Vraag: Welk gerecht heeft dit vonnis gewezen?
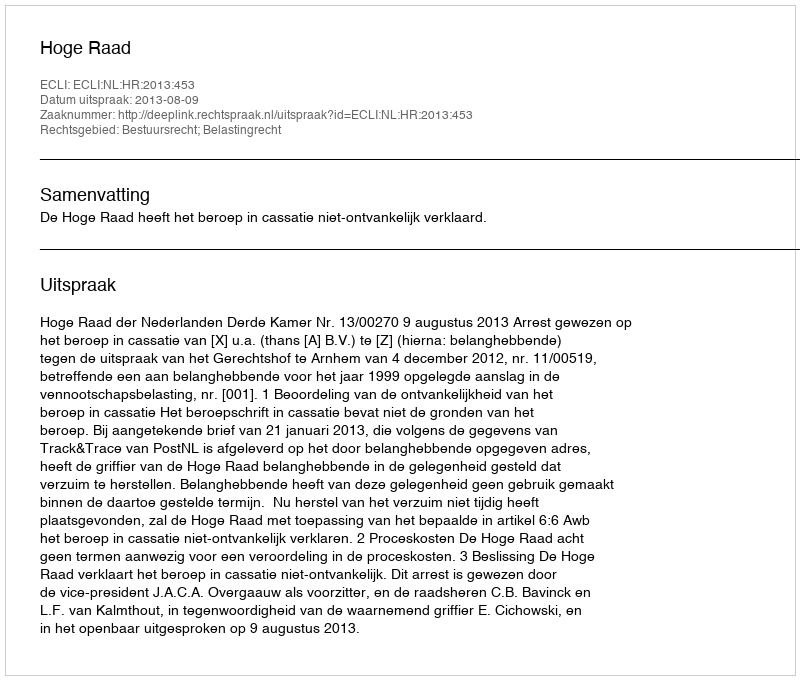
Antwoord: Hoge Raad